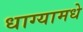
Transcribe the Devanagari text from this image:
धाग्यामधे